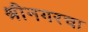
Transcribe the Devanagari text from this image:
श्रीनगरचा